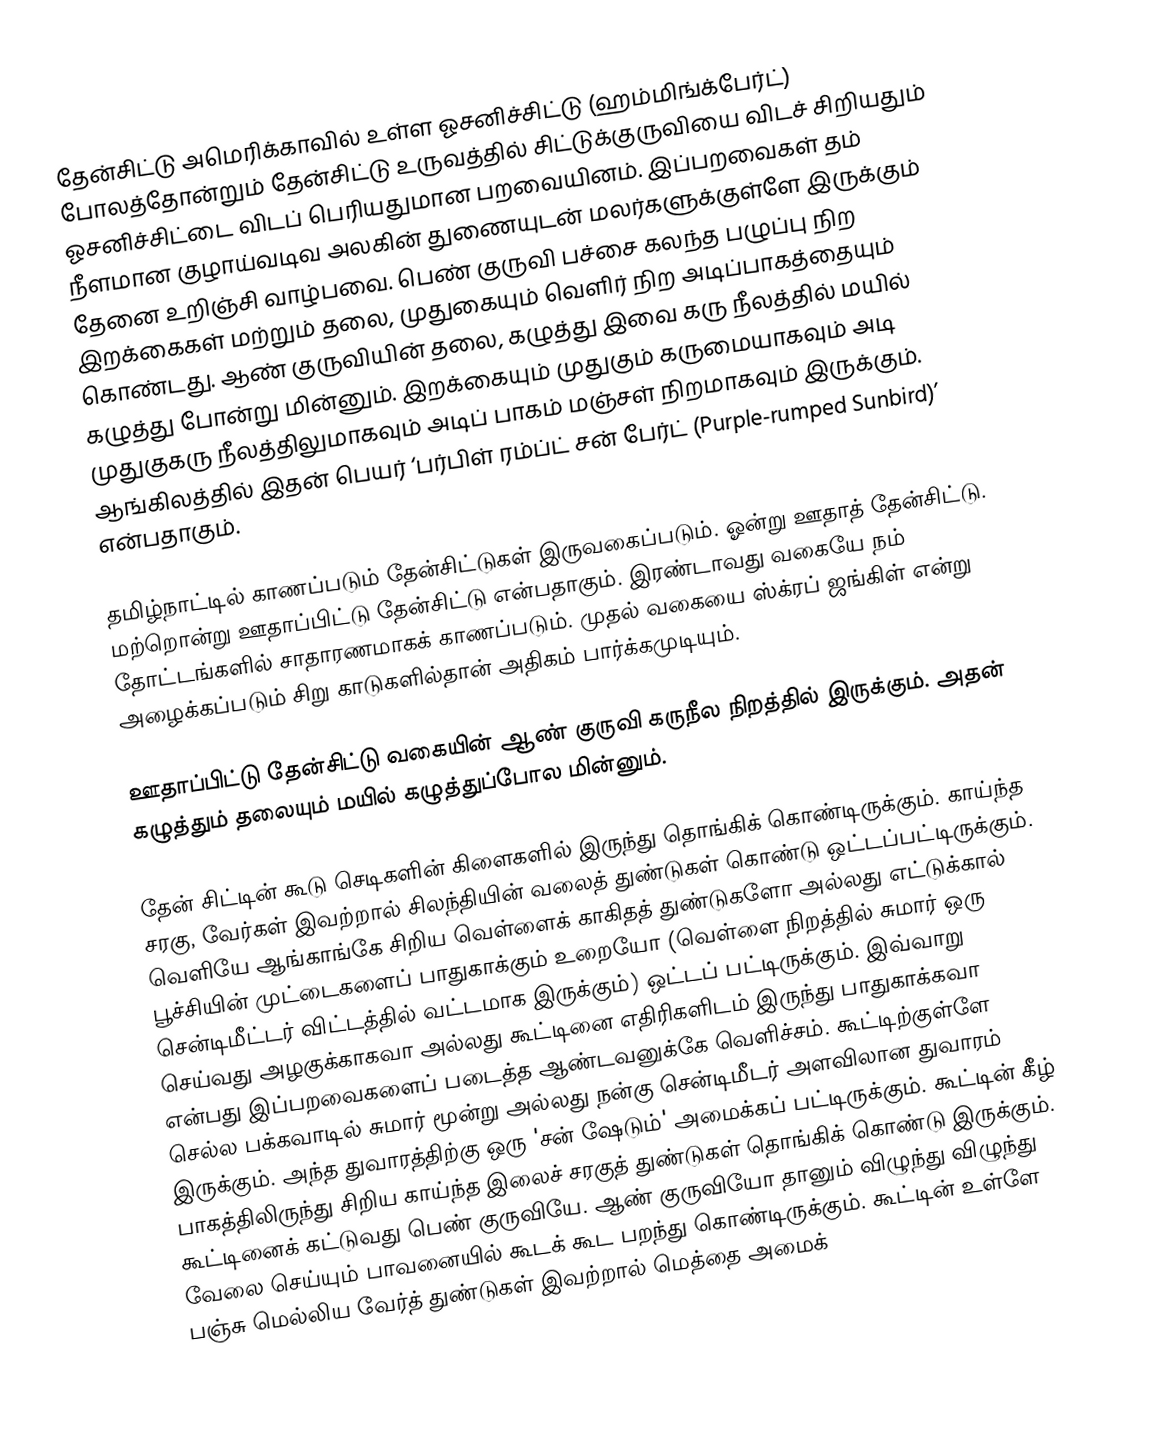
தேன்சிட்டு அமெரிக்காவில் உள்ள ஓசனிச்சிட்டு (ஹம்மிங்க்பேர்ட்) போலத்தோன்றும் தேன்சிட்டு உருவத்தில் சிட்டுக்குருவியை விடச் சிறியதும்  ஓசனிச்சிட்டை விடப் பெரியதுமான பறவையினம்.  இப்பறவைகள் தம் நீளமான குழாய்வடிவ அலகின் துணையுடன் மலர்களுக்குள்ளே இருக்கும் தேனை உறிஞ்சி வாழ்பவை. பெண் குருவி பச்சை கலந்த பழுப்பு நிற இறக்கைகள் மற்றும் தலை, முதுகையும் வெளிர் நிற அடிப்பாகத்தையும் கொண்டது.  ஆண் குருவியின் தலை, கழுத்து இவை கரு நீலத்தில் மயில் கழுத்து போன்று மின்னும்.  இறக்கையும் முதுகும் கருமையாகவும் அடி முதுகுகரு நீலத்திலுமாகவும் அடிப் பாகம் மஞ்சள் நிறமாகவும் இருக்கும்.  ஆங்கிலத்தில் இதன் பெயர் ‘பர்பிள் ரம்ப்ட் சன் பேர்ட் (Purple-rumped Sunbird)’ என்பதாகும்.

தமிழ்நாட்டில் காணப்படும் தேன்சிட்டுகள் இருவகைப்படும். ஓன்று ஊதாத் தேன்சிட்டு. மற்றொன்று ஊதாப்பிட்டு தேன்சிட்டு என்பதாகும்.  இரண்டாவது வகையே நம் தோட்டங்களில் சாதாரணமாகக் காணப்படும்.  முதல் வகையை ஸ்க்ரப் ஜங்கிள் என்று அழைக்கப்படும் சிறு காடுகளில்தான் அதிகம் பார்க்கமுடியும்.

ஊதாப்பிட்டு தேன்சிட்டு வகையின் ஆண் குருவி கருநீல நிறத்தில் இருக்கும்.  அதன் கழுத்தும் தலையும் மயில் கழுத்துப்போல மின்னும்.

தேன் சிட்டின் கூடு செடிகளின் கிளைகளில் இருந்து தொங்கிக் கொண்டிருக்கும். காய்ந்த சரகு, வேர்கள் இவற்றால் சிலந்தியின் வலைத் துண்டுகள் கொண்டு ஒட்டப்பட்டிருக்கும்.  வெளியே ஆங்காங்கே சிறிய வெள்ளைக் காகிதத் துண்டுகளோ அல்லது எட்டுக்கால் பூச்சியின் முட்டைகளைப் பாதுகாக்கும் உறையோ (வெள்ளை நிறத்தில் சுமார் ஒரு சென்டிமீட்டர் விட்டத்தில் வட்டமாக இருக்கும்) ஒட்டப் பட்டிருக்கும்.  இவ்வாறு செய்வது அழகுக்காகவா அல்லது கூட்டினை எதிரிகளிடம் இருந்து பாதுகாக்கவா என்பது இப்பறவைகளைப் படைத்த ஆண்டவனுக்கே வெளிச்சம்.  கூட்டிற்குள்ளே செல்ல பக்கவாடில் சுமார் மூன்று அல்லது நன்கு சென்டிமீடர் அளவிலான துவாரம் இருக்கும்.  அந்த துவாரத்திற்கு ஒரு 'சன் ஷேடும்' அமைக்கப் பட்டிருக்கும்.  கூட்டின் கீழ் பாகத்திலிருந்து சிறிய காய்ந்த இலைச் சரகுத் துண்டுகள் தொங்கிக் கொண்டு இருக்கும்.  கூட்டினைக் கட்டுவது பெண் குருவியே.  ஆண் குருவியோ தானும் விழுந்து விழுந்து வேலை செய்யும் பாவனையில் கூடக் கூட பறந்து கொண்டிருக்கும்.  கூட்டின் உள்ளே பஞ்சு மெல்லிய வேர்த் துண்டுகள் இவற்றால் மெத்தை அமைக்